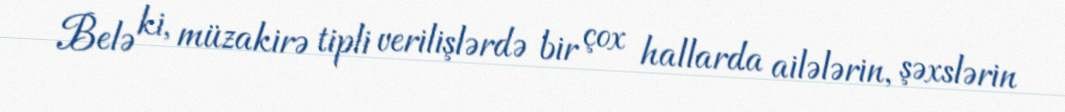
Belə ki, müzakirə tipli verilişlərdə bir çox hallarda ailələrin, şəxslərin